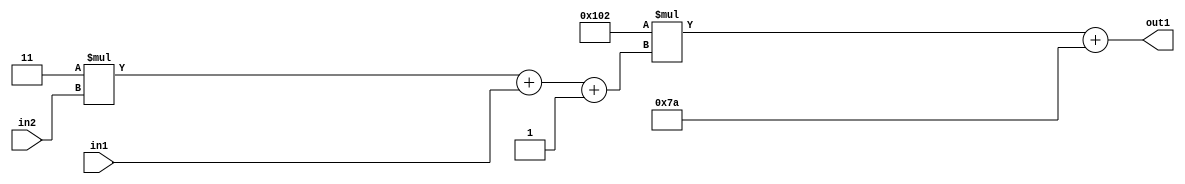
`timescale 1ps / 1ps
/*****************************************************************************
    Verilog RTL Description
    
    
    Created by: Stratus DpOpt 2019.1.01 
*******************************************************************************/

module DC_Filter_Add2i122Mul2i258Add3i1u1Mul2i3u2_1 (
	in2,
	in1,
	out1
	); /* architecture "behavioural" */ 
input [1:0] in2;
input  in1;
output [11:0] out1;
wire [11:0] asc001;
wire [3:0] asc002;

wire [3:0] asc002_tmp_0;
wire [3:0] asc002_tmp_1;
assign asc002_tmp_1 = 
	+(4'B0011 * in2);
assign asc002_tmp_0 = asc002_tmp_1
	+(in1);
assign asc002 = asc002_tmp_0
	+(4'B0001);

wire [11:0] asc001_tmp_2;
assign asc001_tmp_2 = 
	+(12'B000100000010 * asc002);
assign asc001 = asc001_tmp_2
	+(12'B000001111010);

assign out1 = asc001;
endmodule

/* CADENCE  vrP5Sgs= : u9/ySgnWtBlWxVPRXgAZ4Og= ** DO NOT EDIT THIS LINE ******/